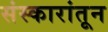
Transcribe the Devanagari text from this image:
संस्कारांतून